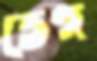
তেগ